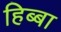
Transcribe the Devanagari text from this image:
हिब्बा